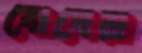
বোঘেরা